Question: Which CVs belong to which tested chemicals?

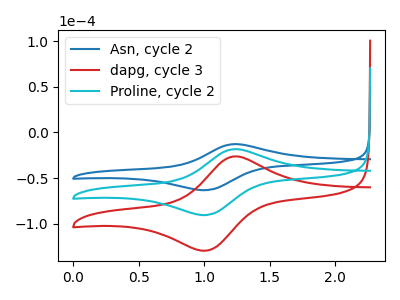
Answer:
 <answer>The blue curve is labeled "Asn, cycle 2". The red curve is labeled "dapg, cycle 3". The cyan curve is labeled "Proline, cycle 2".</answer>
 <eval></eval>